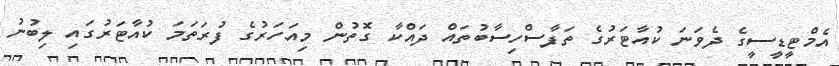
އެމްޓީޑީސީގެ ދެވަނަ ކުއާޓަރުގެ ތަފާސްހިސާބުތައް ދައްކާ ގޮތުން މިއަހަރުގެ ފުރަތަމަ ކުއާޓަރުގައި ލިބުނު